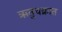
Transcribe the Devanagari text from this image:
ऋतुचक्रात